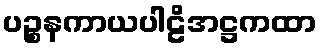
ပဉ္စနကာယပါဠိအဋ္ဌကထာ